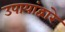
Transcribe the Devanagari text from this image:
उपायांद्वारे